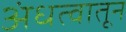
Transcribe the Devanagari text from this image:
अंधत्वातून